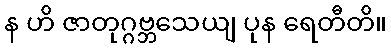
န ဟိ ဇာတုဂ္ဂဗ္ဘသေယျ ပုန ရေတီတိ။